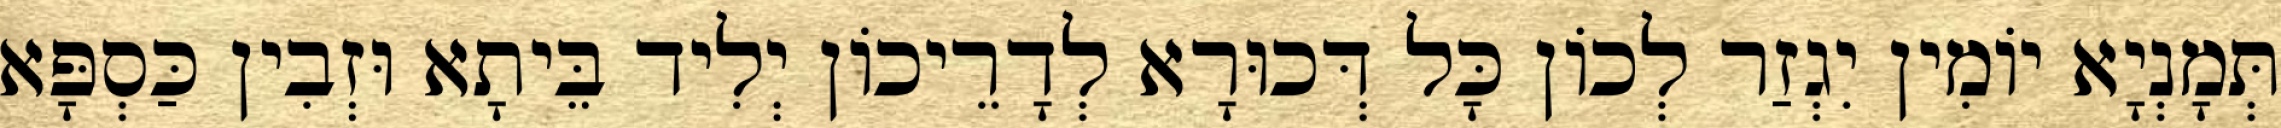
תְּמָנְיָא יוֹמִין יִגְזַר לְכוֹן כָּל דְּכוּרָא לְדָרֵיכוֹן יְלִיד בֵּיתָא וּזְבִין כַּסְפָּא